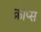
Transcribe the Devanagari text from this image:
क्रोप्स